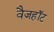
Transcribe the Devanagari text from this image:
वैजहॉट